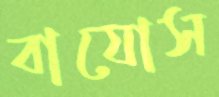
বাযোস